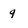
Character: 9